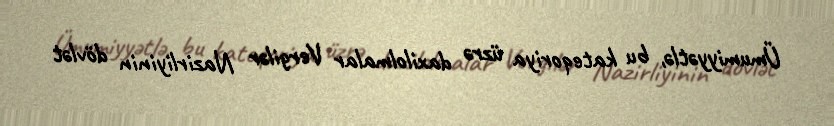
Ümumiyyətlə, bu kateqoriya üzrə daxilolmalar Vergilər Nazirliyinin dövlət